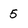
Character: 5